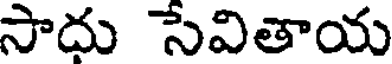
సాదు సేవితాయ